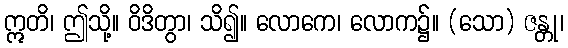
ဣတိ၊ ဤသို့။ ဝိဒိတွာ၊ သိ၍။ လောကေ၊ လောက၌။ (သော) ဇန္တု၊